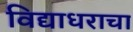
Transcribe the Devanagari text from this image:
विद्याधराचा